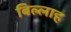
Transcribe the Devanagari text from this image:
बिल्लाह